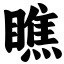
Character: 瞧